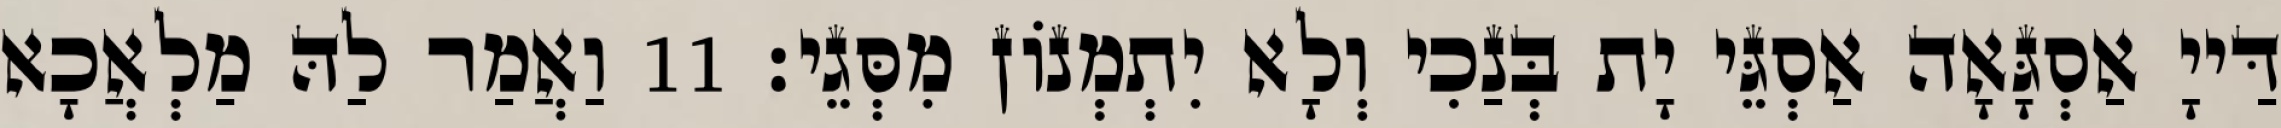
דַּייָ אַסְגָּאָה אַסְגֵּי יָת בְּנַכִי וְלָא יִתְמְנוֹן מִסְּגֵי׃ 11 וַאֲמַר לַהּ מַלְאֲכָא